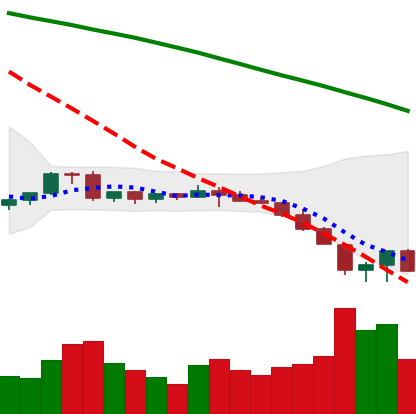
Ticker: EOS-USD
Chart end date: 2022-06-16
Forward return: 5.786%
Label: up_5_7